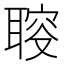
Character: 𦖪